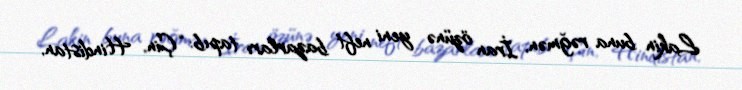
Lakin buna rəğmən, İran özünə yeni neft bazarları tapıb: “Çin, Hindistan,